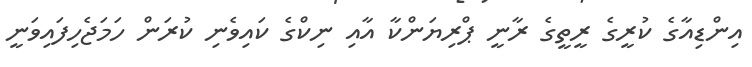
އިންޑިއާގެ ކުރީގެ ރީތީގެ ރާނީ ޕްރިޔަންކާ އާއި ނިކްގެ ކައިވެނި ކުރަން ހަމަޖެހިފައިވަނީ